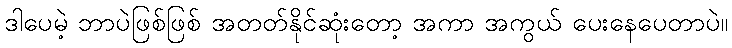
ဒါပေမဲ့ ဘာပဲဖြစ်ဖြစ် အတတ်နိုင်ဆုံးတော့ အကာ အကွယ် ပေးနေပေတာပဲ။